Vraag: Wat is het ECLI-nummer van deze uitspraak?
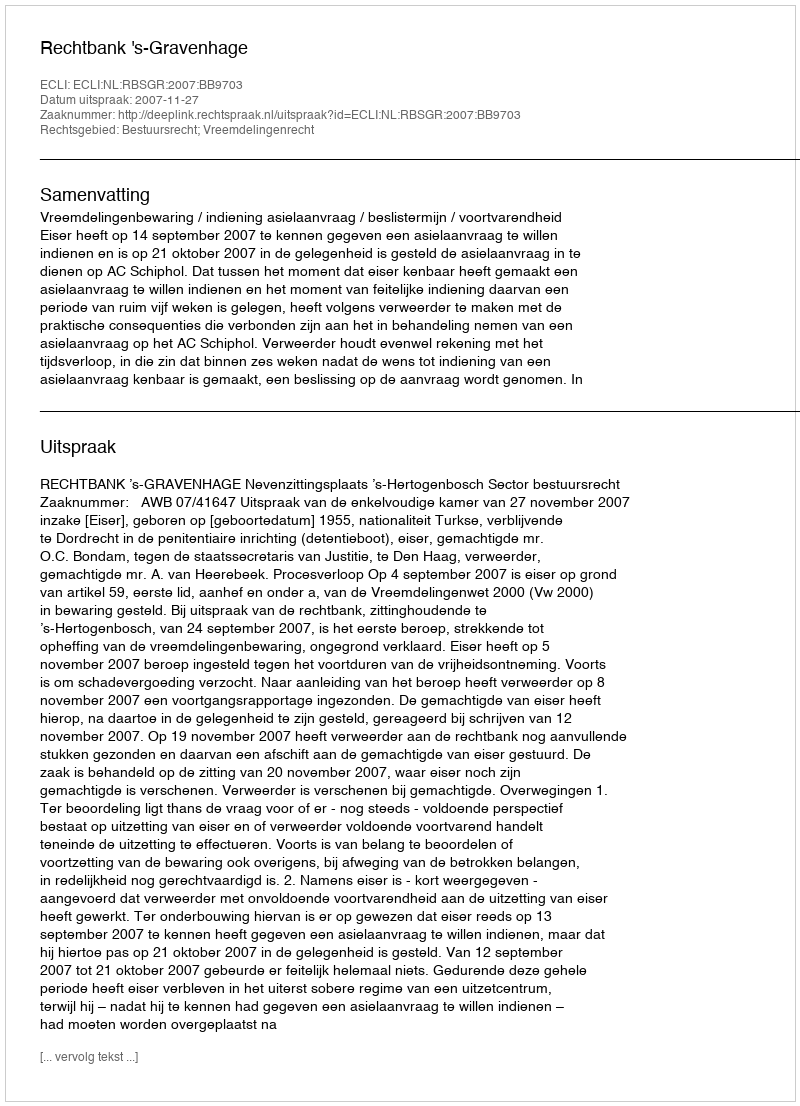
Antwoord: ECLI:NL:RBSGR:2007:BB9703